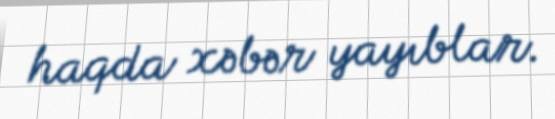
haqda xəbər yayıblar.